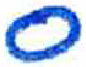
אות: ס